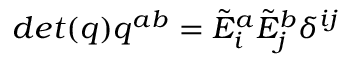
d e t ( q ) q ^ { a b } = { \tilde { E } } _ { i } ^ { a } { \tilde { E } } _ { j } ^ { b } \delta ^ { i j }